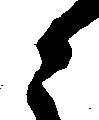
之